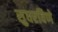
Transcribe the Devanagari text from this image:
सुधरविणे